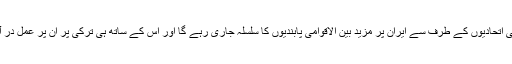
اس کا مطلب یہ ہوا کہ ترکی کے مغربی اتحادیوں کے طرف سے ایران پر مزید بین الاقوامی پابندیوں کا سلسلہ جاری رہے گا اور اس کے ساتھ ہی ترکی پر ان پر عمل در آمد کے لیے دباؤ بھی ڈالا جاتا رہے گا۔